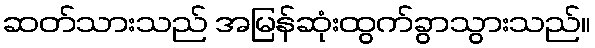
ဆတ်သားသည် အမြန်ဆုံးထွက်ခွာသွားသည်။